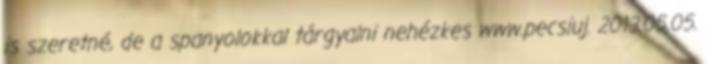
is szeretné, de a spanyolokkal tárgyalni nehézkes www.pecsiuj. 2013.05.05.